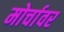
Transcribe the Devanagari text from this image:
मोर्चावर